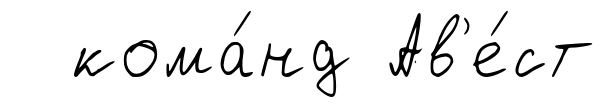
кома́нд Ав'е́ст